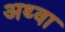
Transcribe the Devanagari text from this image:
अथ्‍वा